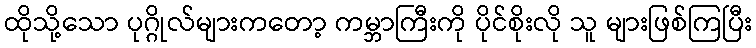
ထိုသို့သော ပုဂ္ဂိုလ်များကတော့ ကမ္ဘာကြီးကို ပိုင်စိုးလို သူ များဖြစ်ကြပြီး